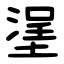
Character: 塣